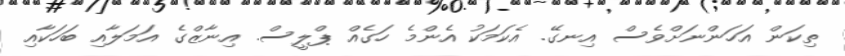
ތިކަން އަހަންނަށްވެސް އިނގޭ. އެކަމަކު އެންމެ ހަގެއް ޕްލީސް. އިނާޒްގެ އަމަލާއި ބަހަކާއި